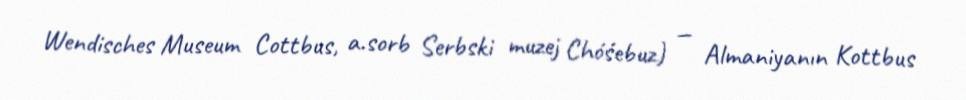
Wendisches Museum Cottbus, a.sorb Serbski muzej Chóśebuz) — Almaniyanın Kottbus